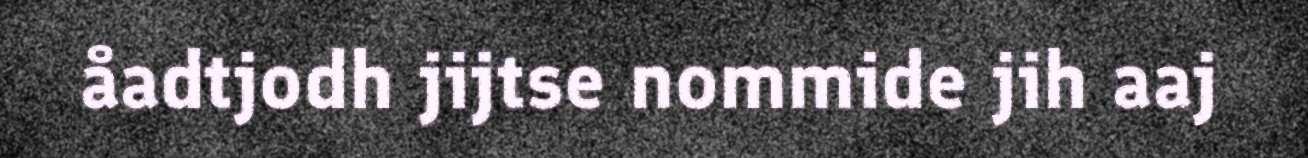
åadtjodh jijtse nommide jih aaj